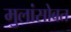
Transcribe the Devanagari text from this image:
मुलांसोबत